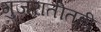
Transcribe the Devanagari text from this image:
गुजरातीतही